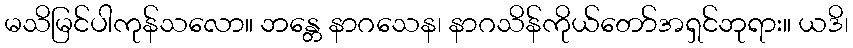
မသိမြင်ပါကုန်သလော။ ဘန္တေ နာဂသေန၊ နာဂသိန်ကိုယ်တော်အရှင်ဘုရား။ ယဒိ၊